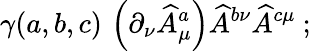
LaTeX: \gamma(a,b,c)\, \left(\partial_{\nu}\widehat{A}_{\mu}^{a}\right)\widehat{A}^{b\nu}\widehat{A}^{c\mu}\ ;